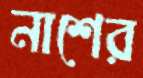
নাশের